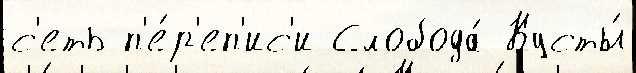
с'еть п'е́р'еп'ис'и Слобода́ Кусты́